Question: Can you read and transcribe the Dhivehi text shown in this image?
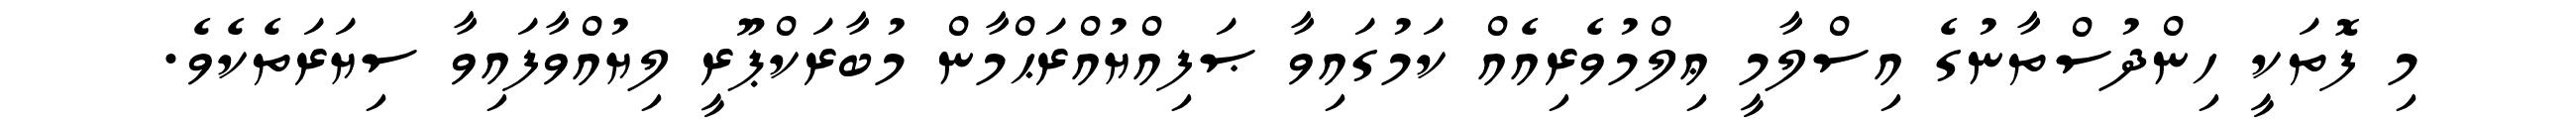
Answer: މި ފޮތަކީ ހިންދުސްތާނުގެ އިސްލާމީ ޢިލްމުވެރިއެއް ކަމުގައިވާ ޞަފިއްޔުއްރަޙްމާން މުބާރަކްޕޫރީ ލިޔުއްވާފައިވާ ސިޔަރަތެކެވެ.